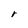
Character: r